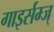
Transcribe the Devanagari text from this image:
गाइर्सम्ज्